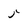
Character: 5